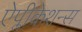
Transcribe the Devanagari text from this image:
ऐप्लीकेशन्स